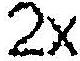
2X